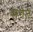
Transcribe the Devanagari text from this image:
सगेत